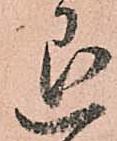
退